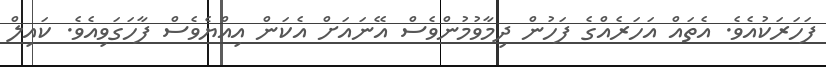
ފަހަރަކުއެވެ. އެތައް އަހަރެއްގެ ފަހުން ދިމާވުމުންވެސް އޭނައަށް އެކަން އިއްޔެވެސް ފާހަގަވިއެވެ. ކައިލް